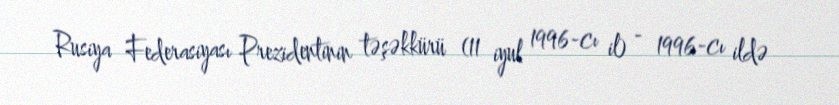
Rusiya Federasiyası Prezidentinin təşəkkürü (11 iyul 1996-cı il) - 1996-cı ildə